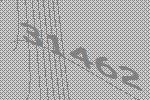
31462